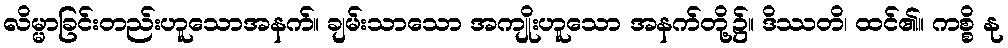
လိမ္မာခြင်းတည်းဟူသောအနက်။ ချမ်းသာသော အကျိုးဟူသော အနက်တို့၌။ ဒိဿတိ၊ ထင်၏။ ကစ္စိ နု